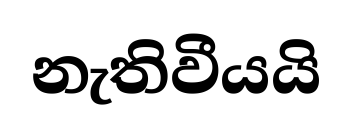
නැතිවීයයි